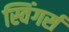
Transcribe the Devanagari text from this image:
स्विंगर्स